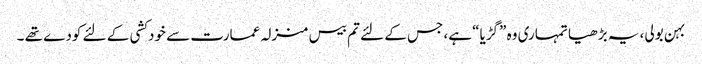
بہن بولی، یہ بڑھیا تمہاری وہ ”گڑیا“ ہے، جس کے لئے تم بیس منزلہ عمارت سے خودکشی کے لئے کودے تھے ۔